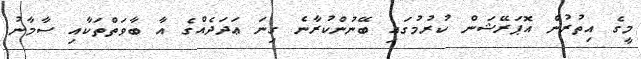
މީގެ އިތުރުން އޮޕަރޭޝަން ކުރުމުގައި ބޭނުންކުރާނެ ގިނަ ޢަދަދެއްގެ އާ ބާވަތްތަކާއި ސާމާނު